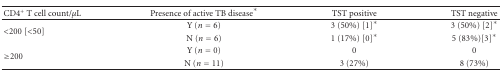
| CD4+ T cell count/μL | Presence of active TB disease* | TST positive | TST negative |
 | --- | --- | --- | --- |
 | <ROWSPAN=2> <200 [<50] | Y (n = 6) | 3 (50%) [1]* | 3 (50%) [2]* |
 | N (n = 6) | 1 (17%) [0]* | 5 (83%)[3]* |
 | <ROWSPAN=2> ≥200 | Y (n = 0) | 0 | 0 |
 | N (n = 11) | 3 (27%) | 8 (73%) |